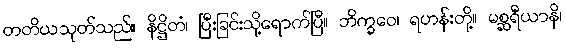
တတိယသုတ်သည်။ နိဋ္ဌိတံ၊ ပြီးခြင်းသို့ရောက်ပြီ။ ဘိက္ခဝေ၊ ရဟန်းတို့။ မစ္ဆရီယာနိ၊